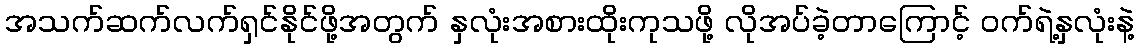
အသက်ဆက်လက်ရှင်နိုင်ဖို့အတွက် နှလုံးအစားထိုးကုသဖို့ လိုအပ်ခဲ့တာကြောင့် ဝက်ရဲ့နှလုံးနဲ့